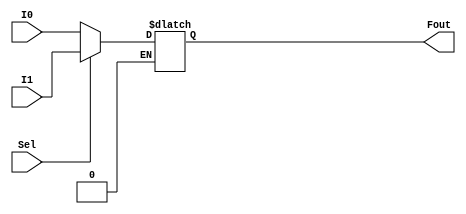
module muxy2_1 (I0,I1,Sel,Fout);

	input[6:0]I0;
	input [6:0]I1;
	input Sel;
	output[6:0]Fout;
	reg [6:0] Fout;
	
	always @(Sel,I0,I1)
	begin
		if(Sel==0)
			Fout <= I0;
		if (Sel==1)
			Fout <= I1;
	end
endmodule